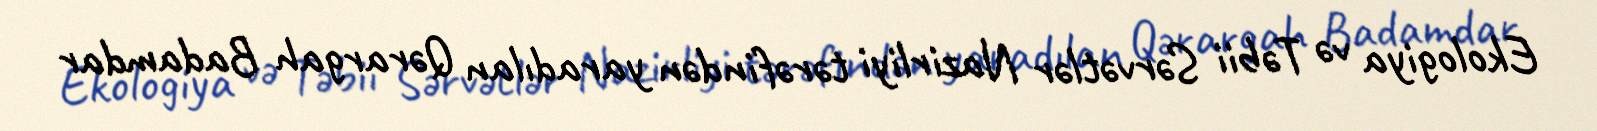
Ekologiya və Təbii Sərvətlər Nazirliyi tərəfindən yaradılan Qərargah Badamdar